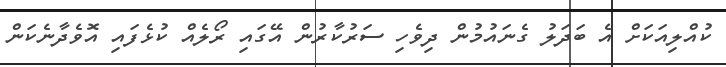
ކުއްލިއަކަށް އެ ބަދަލު ގެނައުމުން ދިވެހި ސަރުކާރުން އޭގައި ރޯލެއް ކުޅެފައި އޮވެދާނެކަން